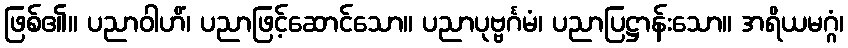
ဖြစ်၏။ ပညာဝါဟိံ၊ ပညာဖြင့်ဆောင်သော။ ပညာပုဗ္ဗင်္ဂမံ၊ ပညာပြဋ္ဌာန်းသော။ အရိယမဂ္ဂံ၊